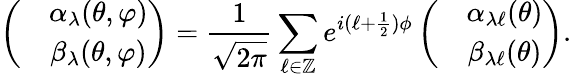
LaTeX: \left(\begin{array}{cc}&{\alpha_{\lambda}(\theta,\varphi)}\\ &{\beta_{\lambda}(\theta,\varphi)}\end{array}\right)=\frac 1{\sqrt{2\pi}}\sum_{\ell\in\mathbb{Z}}e^{i(\ell+\frac 12)\phi}\left(\begin{array}{cc}&{\alpha_{\lambda\ell}(\theta)}\\ &{\beta_{\lambda\ell}(\theta)}\end{array}\right).